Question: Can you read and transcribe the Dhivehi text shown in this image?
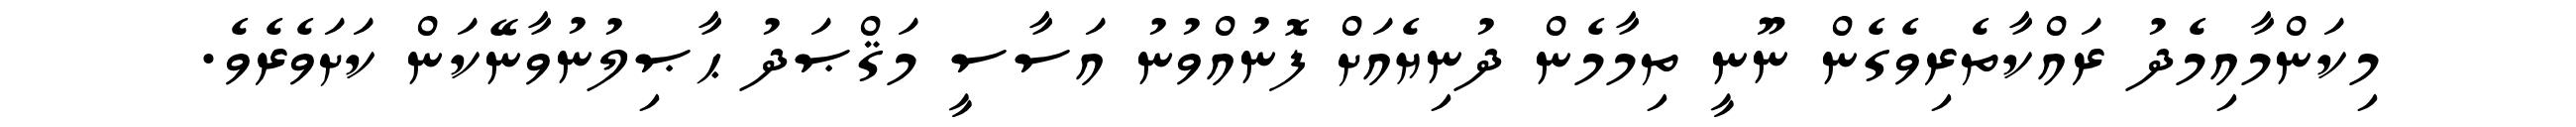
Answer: މިކަންމާއިމެދު ރައްކާތެރިވެގެން ނޫނީ ތިމާމެން ދުނިޔެއަށް ފޮނުއްވުނު އަސާސީ މަޤްޞަދު ޙާޞިލުނުވާނޭކަން ކަށަވެރެވެ.